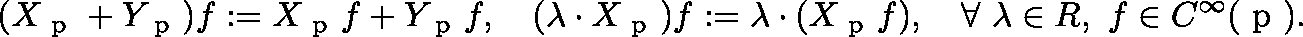
( X _ { \mathrm { \boldmath ~ p ~ } } + Y _ { \mathrm { \boldmath ~ p ~ } } ) f : = X _ { \mathrm { \boldmath ~ p ~ } } f + Y _ { \mathrm { \boldmath ~ p ~ } } f , \quad ( \lambda \cdot X _ { \mathrm { \boldmath ~ p ~ } } ) f : = \lambda \cdot ( X _ { \mathrm { \boldmath ~ p ~ } } f ) , \quad \forall ~ \lambda \in \mathbb { R } , ~ f \in C ^ { \infty } ( \mathrm { \boldmath ~ p ~ } ) .